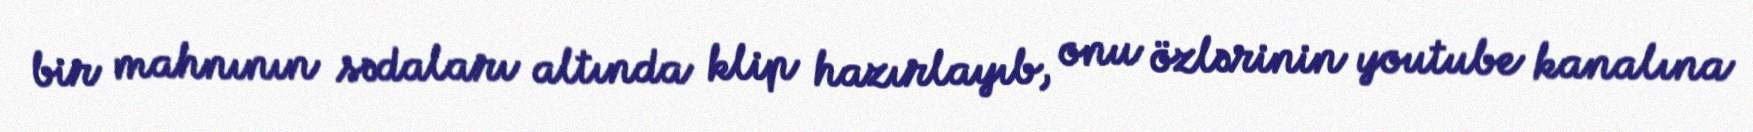
bir mahnının sədaları altında klip hazırlayıb, onu özlərinin youtube kanalına